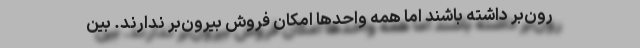
رون‌بر داشته باشند اما همه واحدها امکان فروش بیرون‌بر ندارند. بین